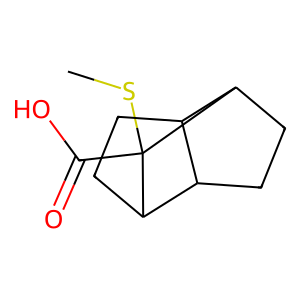
SMILES: CSC1(C(=O)O)C2CCC3C2CCC31
Inhibits HIV replication: No